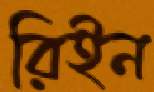
রিইন